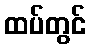
ထပ်တွင်